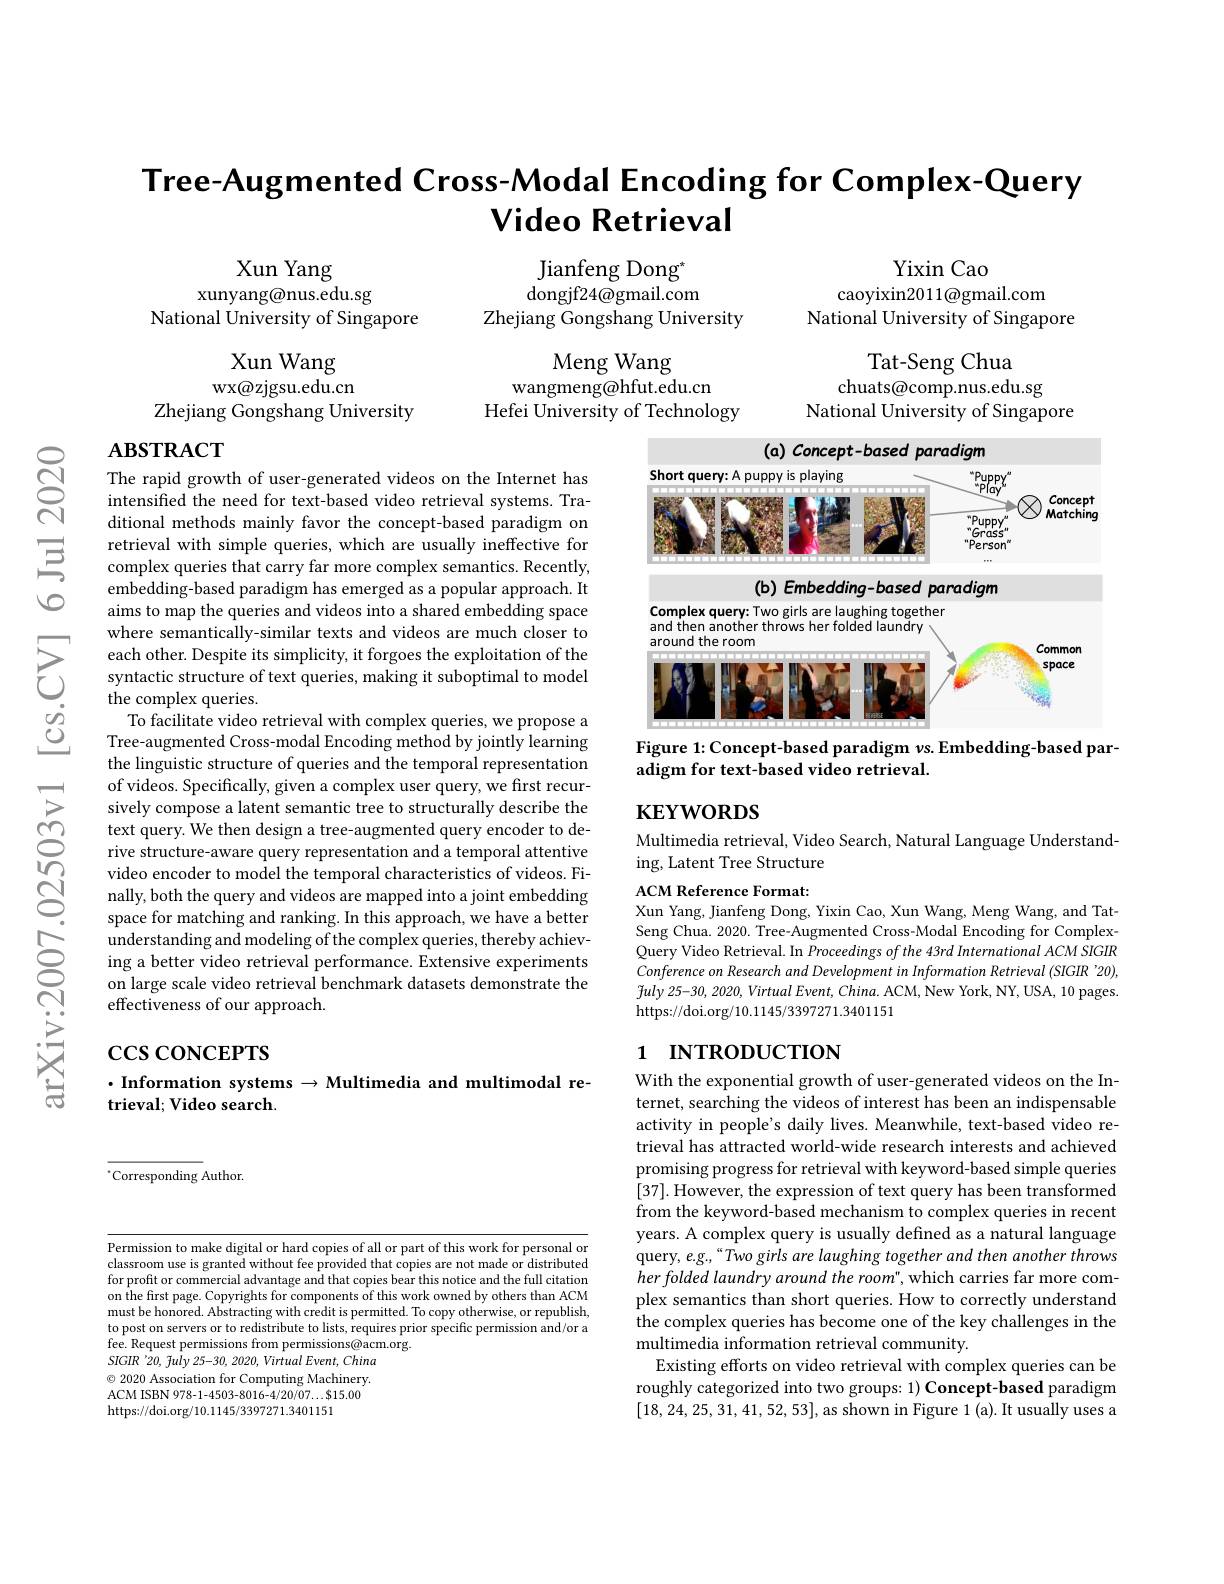
# Tree-Augmented Cross-Modal Encoding for Complex-Query Video Retrieval

Xun Yang
xunyang@nus.edu.sg
National University of Singapore

Yixin Cao
caoyixin2011@gmail.com
National University of Singapore

Jianfeng Dong"
dongjf24@gmail.com
Zhejiang Gongshang University

Tat-Seng Chua
chuats@comp.nus.edu.sg
National University of Singapore

Meng Wang
wangmeng@hfut.edu.cn
Hefei University of Technology

Xun Wang
wx@zjgsu.edu.cn
Zhejiang Gongshang University

## $\mathbf{ABSTRACT}$

<FigureHere>

Figure 1: Concept-based paradigm vs. Embedding-based par-

The rapid growth of user-generated videos on the Internet has intensified the need for text-based video retrieval systems. Traditional methods mainly favor the concept-based paradigm on retrieval with simple queries, which are usually ineffective for complex queries that carry far more complex semantics. Recently, embedding-based paradigm has emerged as a popular approach. It aims to map the queries and videos into a shared embedding space
$\sum_{\begin{aligned}&\text{where semantically-similar texts and videos are much closer to}\\&\text{each other.Despite its simplicity, it forgoes the exploitation of the}\\&\text{syntactic structure of text queries, making it suboptimal to model}\end{aligned}}$ $\underline {C}^{\dot{O} }$ To facilitate video retrieval with complex queries, we propose a$\underline {C}$ Tree-augmented Cross-modal Encoding method by jointly learning
the linguistic structure of queries and the temporal representation of videos. Specifically, given a complex user query, we first recursively compose a latent semantic tree to structurally describe the text query. We then design a tree-augmented query encoder to derive structure-aware query representation and a temporal attentive video encoder to model the temporal characteristics of videos. Finally, both the query and videos are mapped into a joint embedding space for matching and ranking. In this approach, we have a better understanding and modeling of the complex queries, thereby achieving a better video retrieval performance. Extensive experiments on large scale video retrieval benchmark datasets demonstrate the effectiveness of our approach.

adigm for text-based video retrieval.

## $KEYWORDS$

Multimedia retrieval, Video Search, Natural Language Understand-
ing, Latent Tree Structure

ACM Reference Format:
Xun Yang, Jianfeng Dong, Yixin Cao, Xun Wang, Meng Wang, and TatSeng Chua. 2020. Tree-Augmented Cross-Modal Encoding for ComplexQuery Video Retrieval. In Proceedings of the 43rd International ACM SIGIR Conference on Research and Development in Information Retrieval (SIGIR '20), $\tilde{f}uly25-30,2020,VirtualEvent,China.$ ACM, New York, NY, USA, 10 pages https://doi.org/10.1145/3397271.3401151

# 1 INTRODUCTION

# $\csc\csc$coNCEPTS

## $\cdot$Information systems $\to$Multimedia and multimodal retrieval; Video search.

$^{*}$Corresponding Author.

With the exponential growth of user-generated videos on the Internet, searching the videos of interest has been an indispensable activity in people's daily lives. Meanwhile, text-based video retrieval has attracted world-wide research interests and achieved promising progress for retrieval with keyword-based simple queries [37]. However, the expression of text query has been transformed from the keyword-based mechanism to complex queries in recent years. A complex query is usually defned as a natural language query, e.g.``Two girls are laughing together and then another throws her folded laundry around the room", which carries far more complex semantics than short queries. How to correctly understand the complex queries has become one of the key challenges in the multimedia information retrieval community
Existing efforts on video retrieval with complex queries can be roughly categorized into two groups: 1) Concept-based paradigm [18,24,25,31,41,52,53],as shown in Figure 1(a). It usually uses a

Permission to make digital or hard copies of all or part of this work for personal or classroom use is granted without fee provided that copies are not made or distributed for profit or commercial advantage and that copies bear this notice and the full citation on the first page. Copyrights for components of this work owned by others than ACM must be honored. Abstracting with credit is permitted. To copy otherwise, or republish, to post on servers or to redistribute to lists, requires prior specific permission and/or a fee. Request permissions from permissions@acm.org.
SIGIR'20, fuly 25-30, 2020, Virtual Event, China $\odot$ 2020 Association for Computing Machinery. ACM ISBN 978-1-4503-8016-4/20/07...$15.00 https://doi.org/10.1145/3397271.3401151